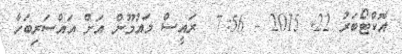
އޮކްޓޯބަރު 22